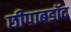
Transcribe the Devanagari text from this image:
छीपाबडॉद